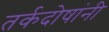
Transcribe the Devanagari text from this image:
तर्कदोषांनी